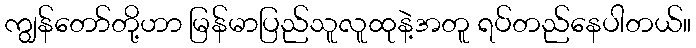
ကျွန်တော်တို့ဟာ မြန်မာပြည်သူလူထုနဲ့အတူ ရပ်တည်နေပါတယ်။